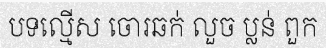
បទល្មើស ចោរឆក់ លួច ប្លន់ ពួក